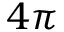
4 \pi